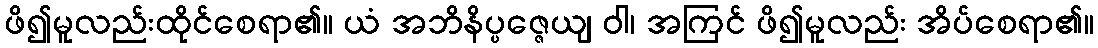
ဖိ၍မူလည်းထိုင်စေရာ၏။ ယံ အဘိနိပ္ပဇ္ဇေယျ ဝါ၊ အကြင် ဖိ၍မူလည်း အိပ်စေရာ၏။